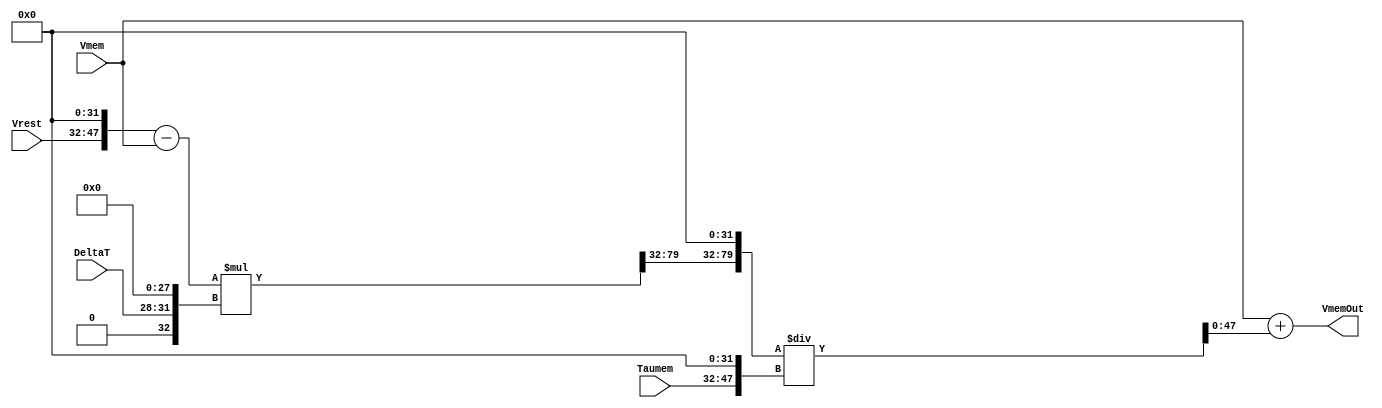
module VmemLeakUnit
#(
	parameter INTEGER_WIDTH = 16, 
	parameter DATA_WIDTH_FRAC = 32,
	parameter DATA_WIDTH = INTEGER_WIDTH + DATA_WIDTH_FRAC, 
	parameter DELTAT_WIDTH = 4
)
(

	input wire signed [(INTEGER_WIDTH-1):0] Vrest,
	input wire signed [(DATA_WIDTH-1):0] Vmem,
	input wire signed [(DELTAT_WIDTH-1):0] DeltaT,
	input wire signed [(INTEGER_WIDTH-1):0] Taumem,
	

	output wire signed [(DATA_WIDTH-1):0]VmemOut
);

	

	//Intermediate Values:
	wire signed [(DATA_WIDTH-1):0] V1;
	wire signed [(2*DATA_WIDTH -1):0] V2;
	wire signed [(DATA_WIDTH + DATA_WIDTH_FRAC - 1):0] V3;

	wire signed [(INTEGER_WIDTH-1):0] MultResult_Int;
	wire signed [(DATA_WIDTH_FRAC-1):0] MultResult_Frac;
	wire signed [(DATA_WIDTH-1):0] Vrest_Extended, DeltaT_Extended, MultResult, Taumem_Extended, Quotient;
	wire signed [(DATA_WIDTH + DATA_WIDTH_FRAC - 1):0] Dividend;



	//Wire Select and/or padding for Fixed-point Arithmetic
	assign Vrest_Extended = {Vrest,{DATA_WIDTH_FRAC{1'b0}}};							//pad fractional bits 
	assign DeltaT_Extended = {{INTEGER_WIDTH{1'b0}},DeltaT,{DATA_WIDTH_FRAC-DELTAT_WIDTH{1'b0}}};			//pad integer bits and rest of fractional bits 
	assign MultResult_Int = V2[(DATA_WIDTH + DATA_WIDTH_FRAC - 1):(DATA_WIDTH + DATA_WIDTH_FRAC - INTEGER_WIDTH)];	//take lower <INTEGER_WIDTH> integer bits of product
	assign MultResult_Frac = V2[(DATA_WIDTH + DATA_WIDTH_FRAC - INTEGER_WIDTH - 1):DATA_WIDTH_FRAC];		//take higher <DATA_WIDTH_FRAC> frac bits of product
	assign MultResult = {MultResult_Int,MultResult_Frac};								//concatenate to form product in given format 
	assign Taumem_Extended = {Taumem, {DATA_WIDTH_FRAC{1'b0}}};							//pad fractional bits
	assign Dividend = {MultResult,{DATA_WIDTH_FRAC{1'b0}}};								//shift by all decimal places before division
	assign Quotient = V3[(DATA_WIDTH-1):0];										//take lower <DATA_WIDTH> bits of Division result



	//Combinational Logic
	assign V1 = Vrest_Extended - Vmem;
	assign V2 = V1*DeltaT_Extended;
	assign V3 = Dividend/Taumem_Extended;
	assign VmemOut = Vmem + Quotient; 



	endmodule